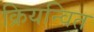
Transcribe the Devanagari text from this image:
क्रियन्वित